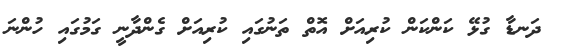
ދަނޑާ ގުޅޭ ކަންކަން ކުރިއަށް އޮތް ތަނުގައި ކުރިއަށް ގެންދާނީ ގަމުގައި ހުންނަ